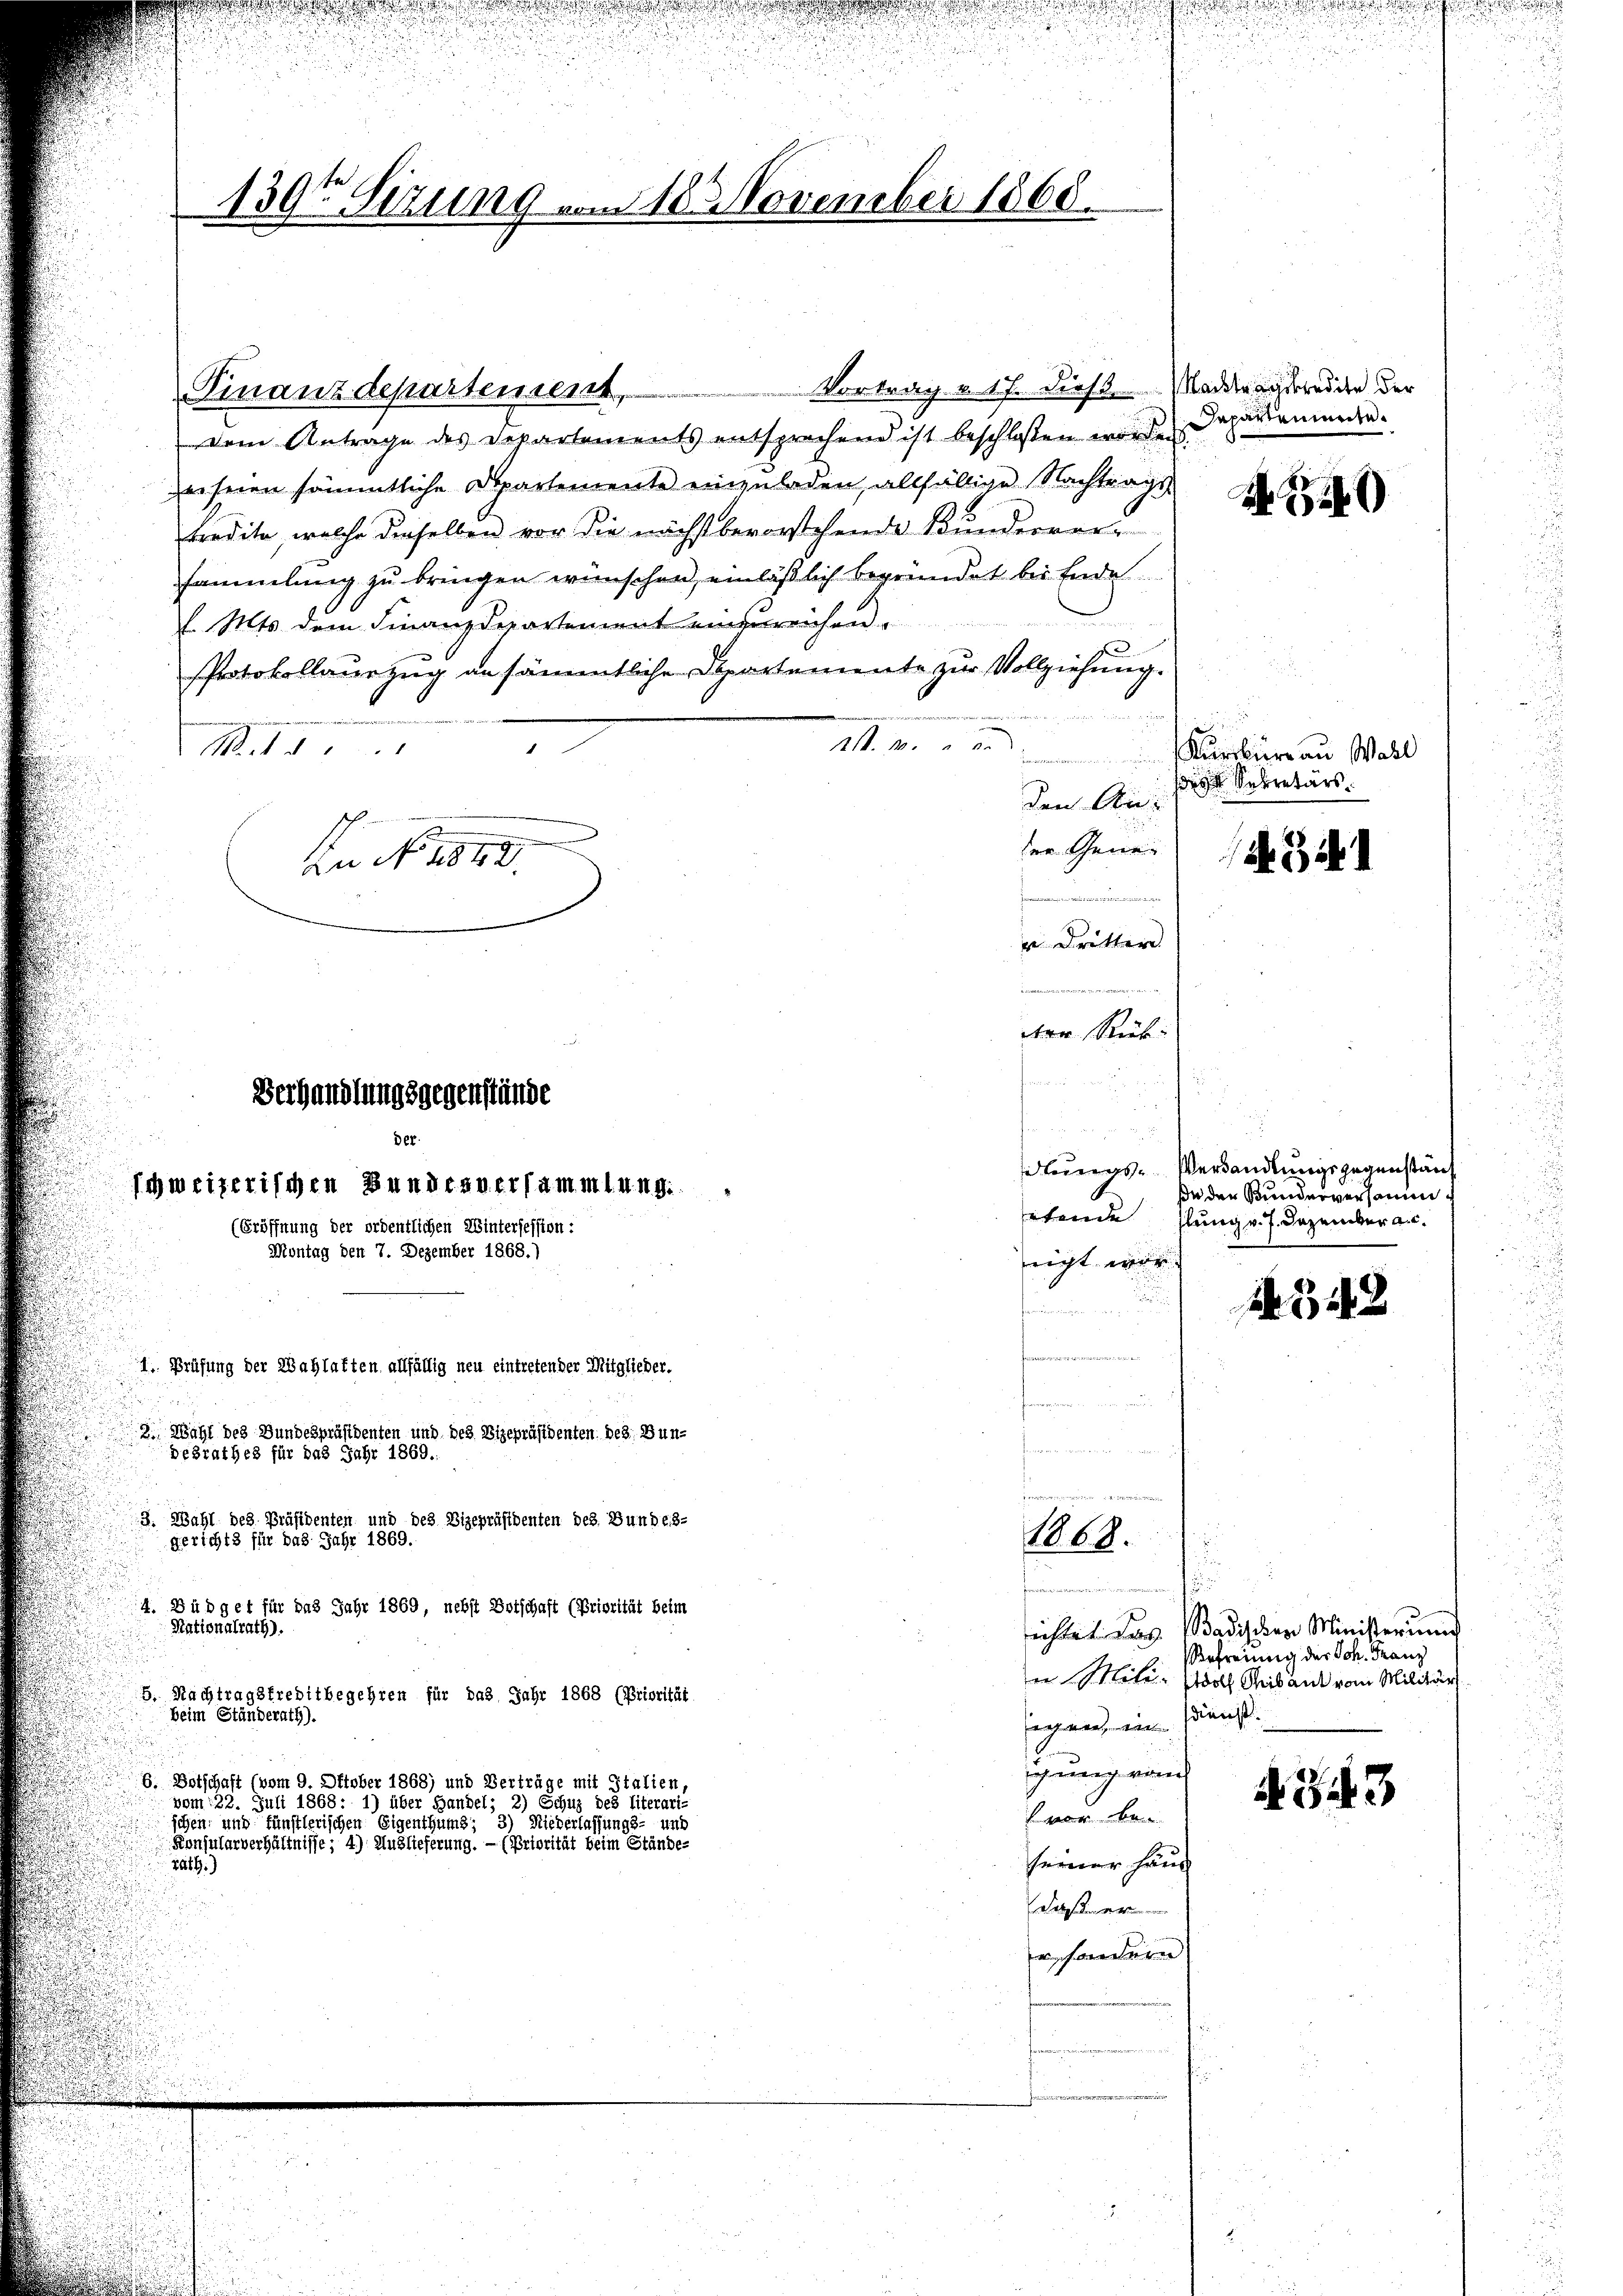
Finanzdepartement,

I. Prüfung der Wahlatten allfällig neu eintreten der Mitglieder.
2. Wahl des Bundespräsidenten und des Vizepräsidenten bes. Bundesrathes für das Jahr 1869.
13. Wahl des Präsidenten und des Vizepräsidenten des Bundes-
gerichts für das Jahr 1869.
4. Büdget für das Jahr 1869, nebst Botschaft (Priorität beim
Nationalrath.
5. Nachtragsfrebitbegehren für das Jahr 1868 (Priorität
beim Ständerath).
b. Botschaft (vom 9. Oktober 1868) und Verträge mit Italien,
vom 128. Juli 1868: 1) über Handel; 2) Schuz des Eiterart
schen, und fünstlerischen Eigenthums; 3) Niederlassungs- und
Konsularverhältnisse; 4) Auslieferung. — (Priorität beim Stände-
288)

u

139t Sizung vom 18 November 1868.

.

Vortrag u. 17. dies ... Machtragskredite der
dem Antrage des Departements entsprechend ist beschloßen worden Deparirenden.
zeiseen sämmtliche Departemente einzuladen, allfällige Nachtragskredita, welche dieselben vor die nächst bevorstehende Kunderversammlung zu bringen wünschen, einläßlich begründet bei Ende
l. Mts. dem Finanzdepartement einzureichen.
Protokollauszug an sämmtliche Departemente zur Vollziehung.
d
21. 30 x
M
den Ab-
der Gene
In No. 1849.
n
i Dritter
iieren in eine
dere Rück

Verhandlungsgegenstände
f
der
schweizerischen Bundeauersammlung.
(Eröffnung der ordentlichen Wintersession:
Montag den 7. Dezember 1868.)
nicht war.

e
1868.
t
segnen, in Dienst.
ichung von

Dass eine
r, sondern

vor be-
seiner Häus

N 220

Kursburg an Wall
 Secretärs.

d. i.

dlungs-Verhandlungsgegenständ
se der Bunderversammetende stung v. J. Dezember a.c.

1343

u
ichtet das Badischer Ministerun
efreiung der Joh. Franz
i tole, doch Mitant vom Militär

A 343